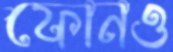
ফোনও